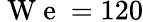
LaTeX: \mathrm{~W~e~}=120